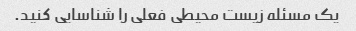
یک مسئله زیست محیطی فعلی را شناسایی کنید.